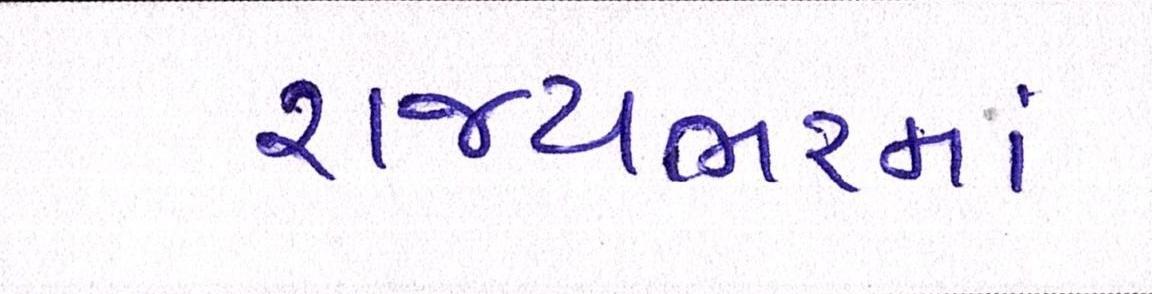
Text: રાજ્યભરમાં